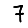
Digit: 7